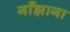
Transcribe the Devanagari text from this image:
गाँझागा